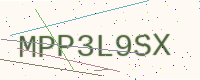
Text: MPP3L9SX